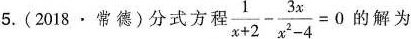
5. (2018 · 常德)分式方程 $$\frac { 1 } { x + 2 } - \frac { 3 x } { x ^ { 2 } - 4 } =0$$ 的解为